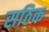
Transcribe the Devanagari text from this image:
सठिक